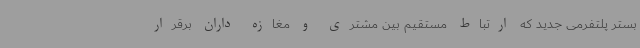
بستر پلتفرمی جدید که ارتباط مستقیم بین مشتری و مغازه داران برقرار